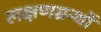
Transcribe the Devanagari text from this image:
लक्षणग्रन्थों